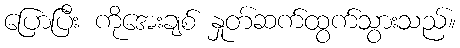
ပြောပြီး ကိုအေးချစ် နှုတ်ဆက်ထွက်သွားသည်။